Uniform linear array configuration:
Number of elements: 64
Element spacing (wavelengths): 0.25
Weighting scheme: cosine
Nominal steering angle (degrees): -30
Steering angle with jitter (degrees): -31.59
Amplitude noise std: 0.05
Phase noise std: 0.05

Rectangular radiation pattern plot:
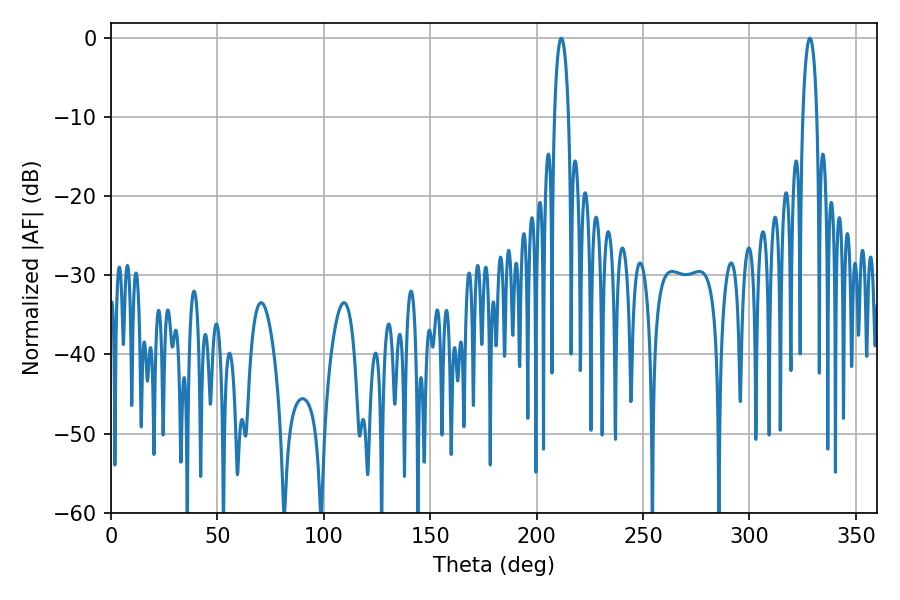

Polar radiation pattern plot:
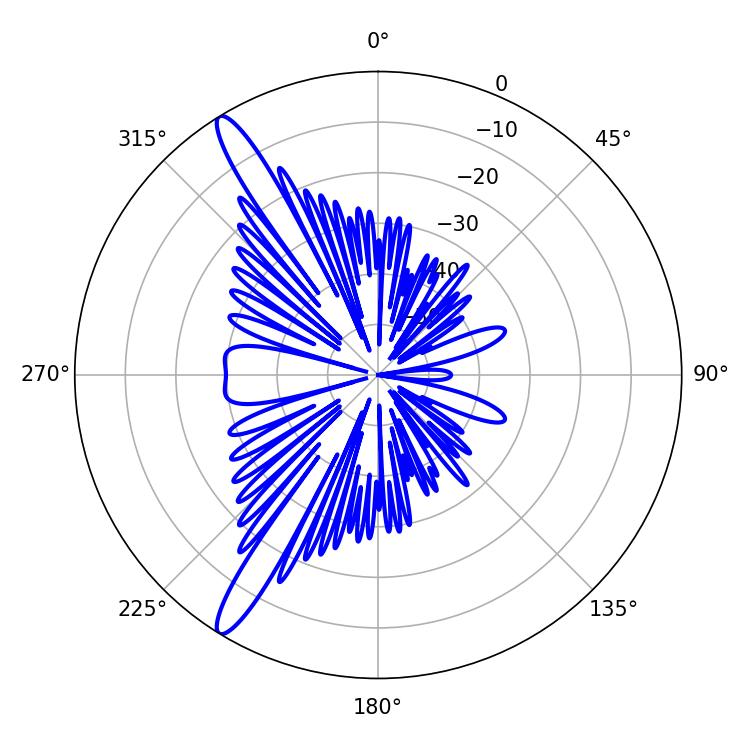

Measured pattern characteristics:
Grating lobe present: FALSE
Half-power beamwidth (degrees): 3.78
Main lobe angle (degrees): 328.32